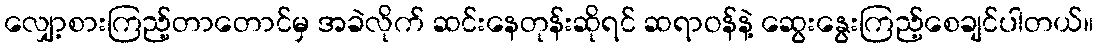
လျှော့စားကြည့်တာတောင်မှ အခဲလိုက် ဆင်းနေတုန်းဆိုရင် ဆရာဝန်နဲ့ ဆွေးနွေးကြည့်စေချင်ပါတယ်။